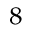
_ { 8 }